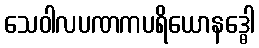
သေဝါလပဏကပရိယောနဒ္ဓေါ